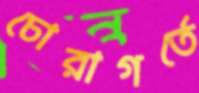
চোরাগর্তে